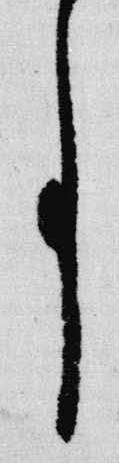
事